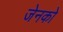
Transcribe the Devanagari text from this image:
जेनको